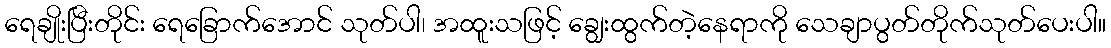
ရေချိုးပြီးတိုင်း ရေခြောက်အောင် သုတ်ပါ၊ အထူးသဖြင့် ချွေးထွက်တဲ့နေရာကို သေချာပွတ်တိုက်သုတ်ပေးပါ။